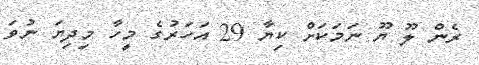
ރެން ލޫ ޔޫ ނަމަކަށް ކިޔާ 29 އަހަރުގެ މީހާ މިދިޔަ ނުވަ